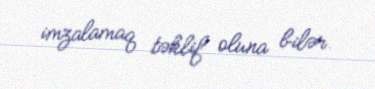
imzalamaq təklif oluna bilər.